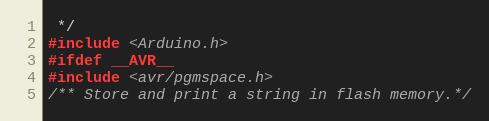
Language: C
 */
#include <Arduino.h>
#ifdef __AVR__
#include <avr/pgmspace.h>
/** Store and print a string in flash memory.*/